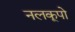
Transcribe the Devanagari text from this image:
नलकूपो